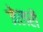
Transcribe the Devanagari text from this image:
जेलरों